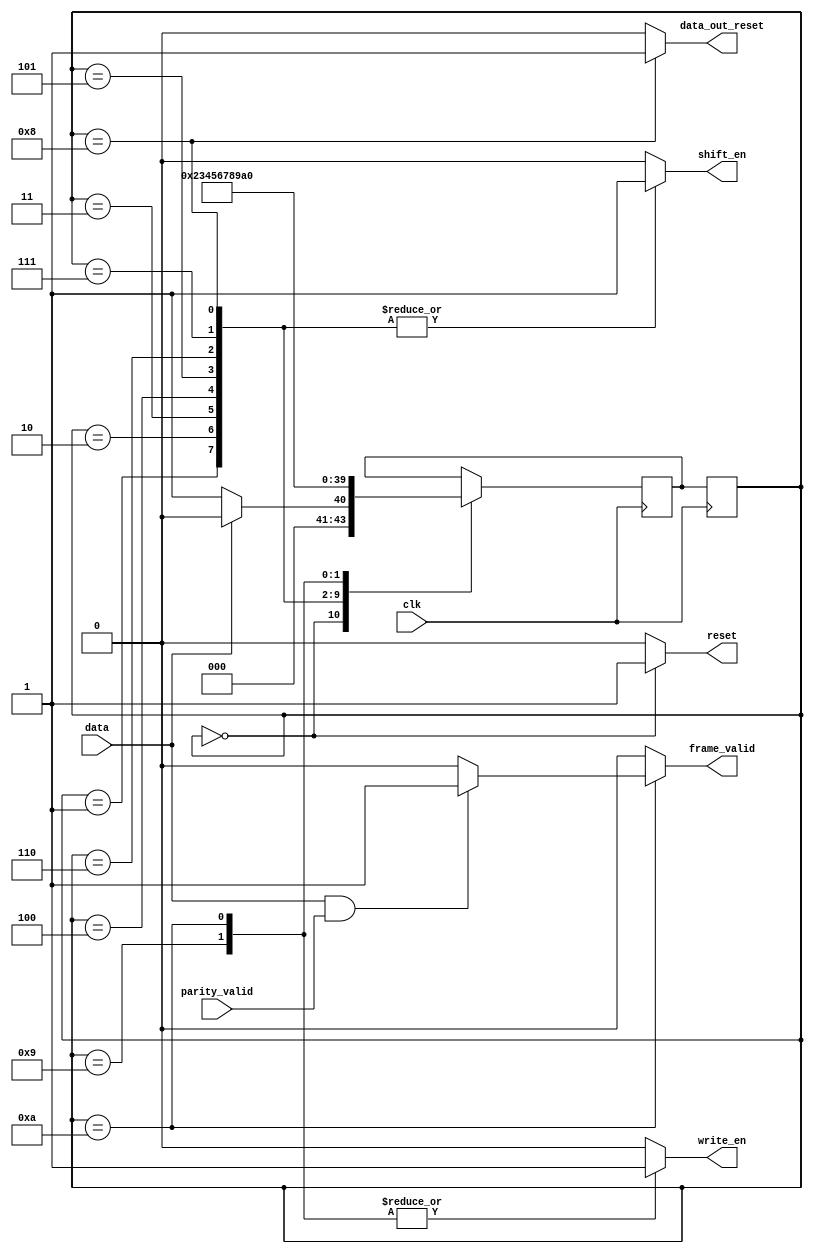
`timescale 1ns / 1ps

module PS2InterfaceStateController(input clk,
                          input data,
                          input parity_valid,
                          output reg shift_en,
                          output reg write_en,
                          output reg reset,
                          output reg data_out_reset,
                          output reg frame_valid
                         );

reg[3:0] next_state;
reg[3:0] state;

parameter STATE_START = 0;
parameter STATE_D0 = 1;
parameter STATE_D1 = 2;
parameter STATE_D2 = 3;
parameter STATE_D3 = 4;
parameter STATE_D4 = 5;
parameter STATE_D5 = 6;
parameter STATE_D6 = 7;
parameter STATE_D7 = 8;
parameter STATE_PARITY = 9;
parameter STATE_STOP = 10;

initial begin
    state <= STATE_START;
    next_state <= STATE_START;
end

always@(*) begin
    case(state)
        STATE_START: begin
            write_en <= 0;
            shift_en <= 0;
            reset <= 1;
            frame_valid <= 0;
            data_out_reset <= 0;
        end
        STATE_D0: begin
            write_en <= 0;
            shift_en <= 1;
            reset <= 0;
            frame_valid <= 0;
            data_out_reset <= 0;
        end
        STATE_D1: begin
            write_en <= 0;
            shift_en <= 1;
            reset <= 0;
            frame_valid <= 0;
            data_out_reset <= 0;
        end
        STATE_D2: begin
            write_en <= 0;
            shift_en <= 1;
            reset <= 0;
            frame_valid <= 0;
            data_out_reset <= 0;
        end
        STATE_D3: begin
            write_en <= 0;
            shift_en <= 1;
            reset <= 0;
            frame_valid <= 0;
            data_out_reset <= 0;
        end
        STATE_D4: begin
            write_en <= 0;
            shift_en <= 1;
            reset <= 0;
            frame_valid <= 0;
            data_out_reset <= 0;
        end
        STATE_D5: begin
            write_en <= 0;
            shift_en <= 1;
            reset <= 0;
            frame_valid <= 0;
            data_out_reset <= 0;
        end
        STATE_D6: begin
            write_en <= 0;
            shift_en <= 1;
            reset <= 0;
            frame_valid <= 0;
            data_out_reset <= 0;
        end
        STATE_D7: begin
            write_en <= 0;
            shift_en <= 1;
            reset <= 0;
            frame_valid <= 0;
            data_out_reset <= 1;
        end
        STATE_PARITY: begin
            write_en <= 1;
            shift_en <= 0;
            reset <= 0;
            frame_valid <= 0;
            data_out_reset <= 0; // Hold data as long as we can
        end
        STATE_STOP: begin
            write_en <= 1;
            shift_en <= 0;
            reset <= 0;
            if (data && parity_valid) begin //stop bit
                frame_valid <= 1;
            end 
            else begin
                frame_valid <= 0;
            end
            data_out_reset <= 0;
        end
        default: begin
            write_en <= 0;
            shift_en <= 0;
            reset <= 0;
            frame_valid <= 0;
            data_out_reset <= 0;
        end
    endcase
end

always@(posedge clk) begin
    state <= next_state;
end

always@(negedge clk) begin
    case (state) 
        STATE_START: begin
            if (data == 1'b0) begin //start bit detection
                next_state <= STATE_D0;
            end
            else begin
                next_state <= STATE_START;
            end
        end
        STATE_D0: begin
            next_state <= STATE_D1;
        end
        STATE_D1: begin
            next_state <= STATE_D2;
        end
        STATE_D2: begin
            next_state <= STATE_D3;
        end
        STATE_D3: begin
            next_state <= STATE_D4;
        end
        STATE_D4: begin
            next_state <= STATE_D5;
        end
        STATE_D5: begin
            next_state <= STATE_D6;
        end
        STATE_D6: begin
            next_state <= STATE_D7;
        end
        STATE_D7: begin
            next_state <= STATE_PARITY;
        end
        STATE_PARITY: begin
            next_state <= STATE_STOP;
        end
        STATE_STOP: begin
            next_state <= STATE_START;
        end
    endcase
end

endmodule